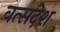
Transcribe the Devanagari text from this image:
वत्सदेश